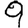
Digit: 9